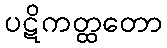
ပဋိကတ္ထတော